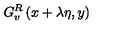
G _ { v } ^ { R } \left( x + \lambda \eta , y \right)